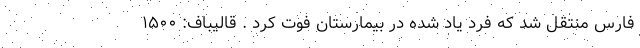
فارس منتقل شد که فرد یاد شده در بیمارستان فوت کرد . قالیباف: ۱۵۰۰